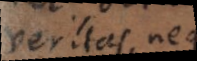
veritas, neque